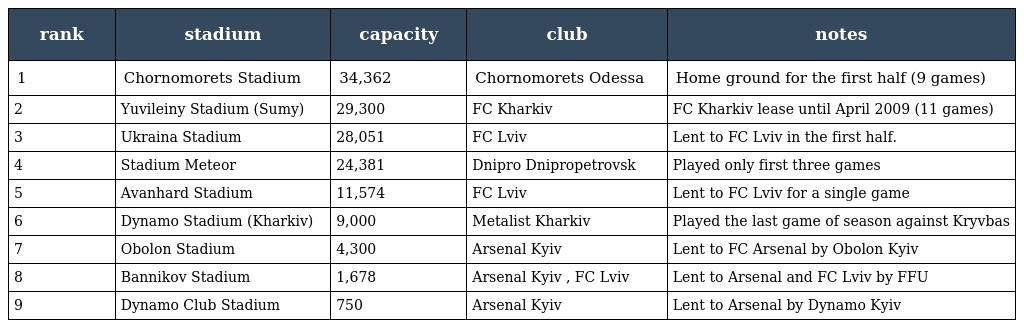
| rank | stadium | capacity | club | notes |
 | --- | --- | --- | --- | --- |
 | 1 | Chornomorets Stadium | 34,362 | Chornomorets Odessa | Home ground for the first half (9 games) |
 | 2 | Yuvileiny Stadium (Sumy) | 29,300 | FC Kharkiv | FC Kharkiv lease until April 2009 (11 games) |
 | 3 | Ukraina Stadium | 28,051 | FC Lviv | Lent to FC Lviv in the first half. |
 | 4 | Stadium Meteor | 24,381 | Dnipro Dnipropetrovsk | Played only first three games |
 | 5 | Avanhard Stadium | 11,574 | FC Lviv | Lent to FC Lviv for a single game |
 | 6 | Dynamo Stadium (Kharkiv) | 9,000 | Metalist Kharkiv | Played the last game of season against Kryvbas |
 | 7 | Obolon Stadium | 4,300 | Arsenal Kyiv | Lent to FC Arsenal by Obolon Kyiv |
 | 8 | Bannikov Stadium | 1,678 | Arsenal Kyiv , FC Lviv | Lent to Arsenal and FC Lviv by FFU |
 | 9 | Dynamo Club Stadium | 750 | Arsenal Kyiv | Lent to Arsenal by Dynamo Kyiv |